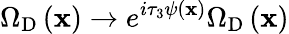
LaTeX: \Omega_{\mathrm{D}}\left({\mathbf x}\right)\rightarrow e^{i\tau_{3}\psi\left({\mathbf x}\right)}\Omega_{\mathrm{D}}\left({\mathbf x}\right)